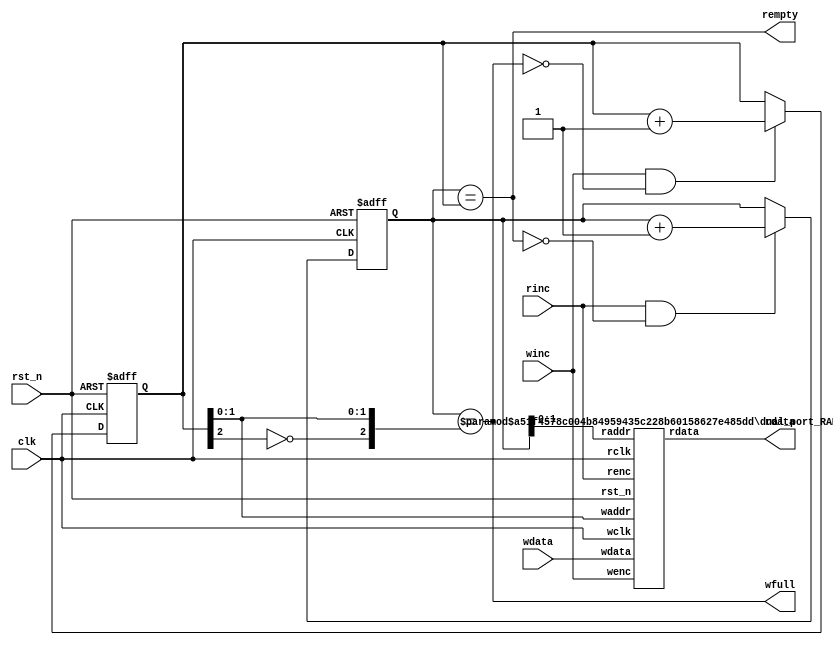
`timescale 1ns / 1ps
//////////////////////////////////////////////////////////////////////////////////
// Company: 
// Engineer: 
// 
// Design Name: 
// Module Name: SyncFIFO
// Project Name: 
// Target Devices: 
// Tool Versions: 
// Description: 
// 
// Dependencies: 
// 
// Revision:
// Revision 0.01 - File Created
// Additional Comments:
// 
//////////////////////////////////////////////////////////////////////////////////


module SyncFIFO#(
    parameter  WIDTH = 3072,
    parameter   DEPTH = 4,
    parameter Width_addr = 2
)(
    input           clk, 
    input           rst_n,
    input           winc,
    input            rinc,
    input     [WIDTH-1:0]  wdata,

    output         wfull,
    output         rempty,
    output [WIDTH-1:0]  rdata
);
    //function integer clog2;
    //input integer value;
    //begin
    //    value = value-1;
    //    for (clog2=0; value>0; clog2=clog2+1)
    //        value = value>>1;
    //end
    //endfunction

    reg [Width_addr:0] waddr;
    reg [Width_addr:0] raddr;
    always @(posedge clk or negedge rst_n) begin
        if(~rst_n) begin
            waddr <= 1'b0;
        end 
        else begin
            if( winc && ~wfull ) begin
                waddr <= waddr + 1'b1;
            end 
            else begin
                waddr <= waddr;    
            end 
        end 
    end 

    always @(posedge clk or negedge rst_n) begin
        if(~rst_n) begin
            raddr <= 1'b0;
        end 
        else begin
            if( rinc && ~rempty ) begin
                raddr <= raddr + 1'b1;
            end 
            else begin
                raddr <= raddr;    
            end 
        end 
    end 

    assign wfull = (raddr == {~waddr[Width_addr], waddr[Width_addr-1:0]});
    assign rempty = (raddr == waddr);

//  parameter     
dual_port_RAM  
    #(
        .DEPTH(DEPTH),
        .WIDTH(WIDTH),
        .Width_addr(Width_addr)
    )
    dual_port_RAM_U0 
    (
        .wclk(clk),
        .rst_n(rst_n),
        .wenc(winc),
        .waddr(waddr[Width_addr-1:0]), 
        .wdata(wdata),        
        .rclk(clk),
        .renc(rinc),
        .raddr(raddr[Width_addr-1:0]), 
        .rdata(rdata)     
);       
endmodule

/**************RAM *************/
module dual_port_RAM #(
    parameter DEPTH = 4,
    parameter WIDTH = 3072,
    parameter Width_addr = 2)(
    input wclk,
    input rst_n,
    input wenc,// 
    input [Width_addr-1:0] waddr,  //
    input [WIDTH-1:0] wdata,        //
    input rclk,
    input renc,// 
    input [Width_addr-1:0] raddr,  //
    output reg [WIDTH-1:0] rdata     //
);

reg [WIDTH-1:0] RAM_MEM [0:DEPTH-1];

always @(posedge wclk) begin
    if(wenc) RAM_MEM[waddr] <= wdata;
end 

always @(posedge rclk or negedge rst_n) begin
    if(~rst_n) rdata <= 0;
    else if(renc) rdata <= RAM_MEM[raddr];
end 

endmodule